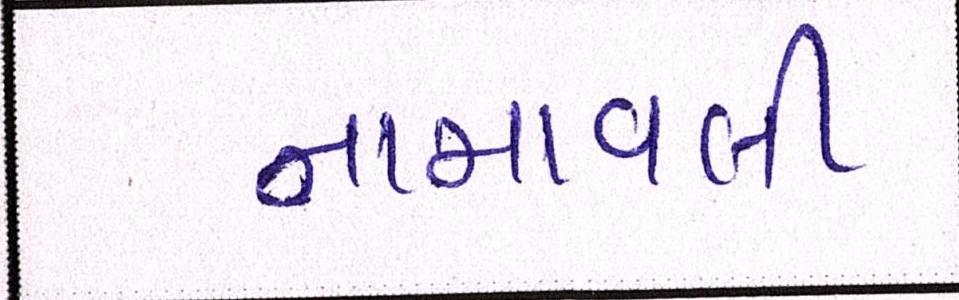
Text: નામાવલી